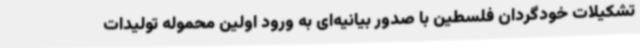
تشکیلات خودگردان فلسطین با صدور بیانیه‌ای به ورود اولین محموله تولیدات